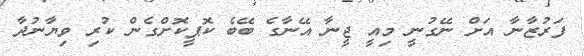
ފަރުޒާނާ އަށް ނޭގުނީ މިއީ ޖީނާ އޭނާގެ ބޭބެ ކޮޕީކޮށްގެން ކުރި ވިޔާނުދާ